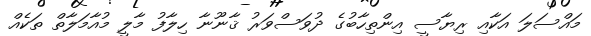
މައްސަލަ އަކާއި ރިޔާސީ އިންތިހާބުގެ ދުވަސްވަރު ޤާނޫނާ ހިލާފު މާލީ މުއާމަލާތް ތަކެއް